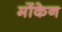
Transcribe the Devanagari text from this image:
मोंकेन